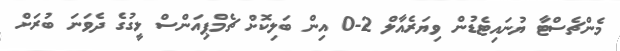
މެންޗެސްޓާ ޔުނައިޓެޑުން ވިޔަރެއާލް 2-0 އިން ބަލިކޮށް ޗެމްޕިއަންސް ލީގުގެ ދެވަނަ ބުރަށް